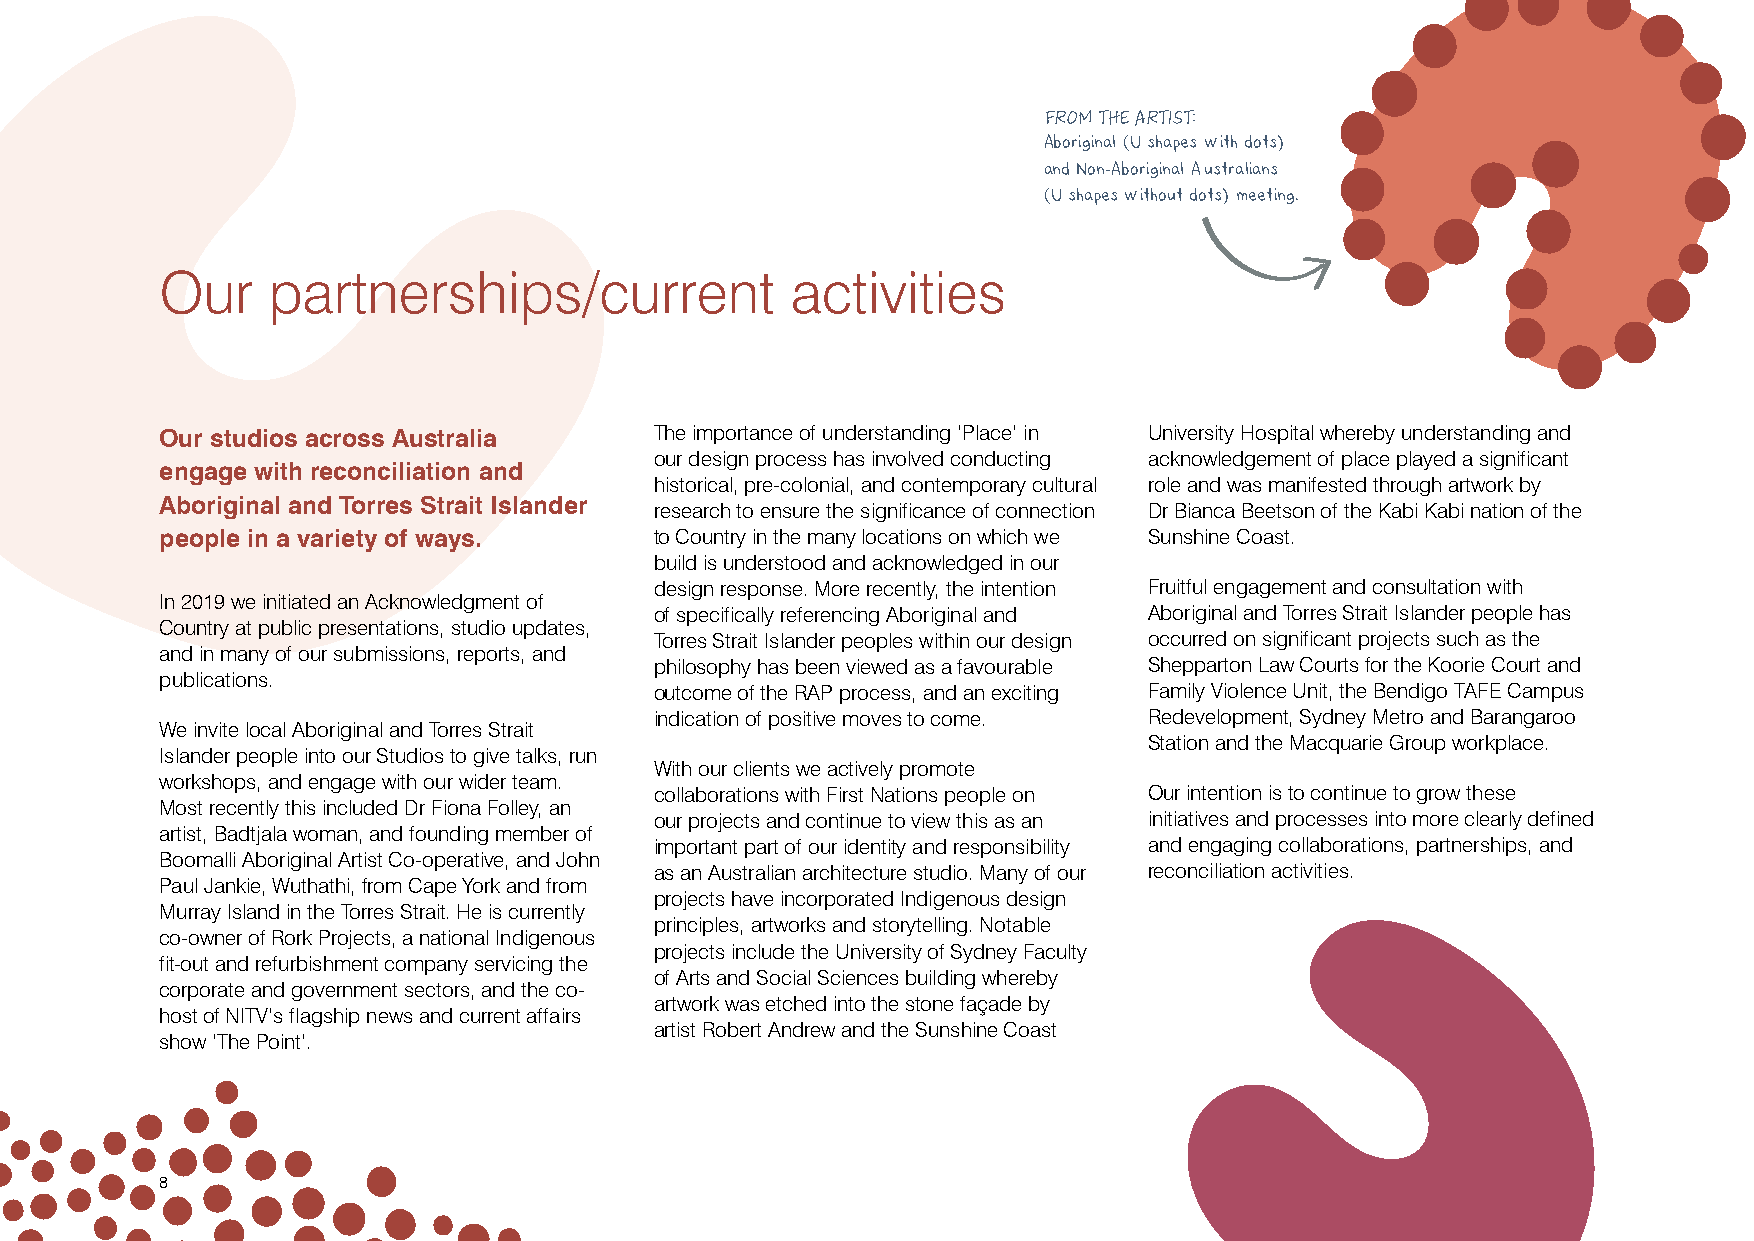
:
 FROM THE ARTIST
 Aboriginal (U shapes with dots)
 and Non-Aboriginal Australians
 (U shapes without dots) meeting.
 Our    partnerships/current              activities
 Our studios across Australia    The importance of understanding ‘Place’ in University Hospital whereby understanding and
 our design process has involved conducting acknowledgement of place played a significant
 engage with reconciliation and
 historical, pre-colonial, and contemporary cultural role and was manifested through artwork by
 Aboriginal and Torres Strait Islander
 research to ensure the significance of connection Dr Bianca Beetson of the Kabi Kabi nation of the
 people in a variety of ways.    to Country in the many locations on which we Sunshine Coast.
 build is understood and acknowledged in our
 design response. More recently, the intention Fruitful engagement and consultation with
 In 2019 we initiated an Acknowledgment of
 of specifically referencing Aboriginal and Aboriginal and Torres Strait Islander people has
 Country at public presentations, studio updates,
 Torres Strait Islander peoples within our design occurred on significant projects such as the
 and in many of our submissions, reports, and
 philosophy has been viewed as a favourable Shepparton Law Courts for the Koorie Court and
 publications.
 outcome of the RAP process, and an exciting Family Violence Unit, the Bendigo TAFE Campus
 indication of positive moves to come. Redevelopment, Sydney Metro and Barangaroo
 We invite local Aboriginal and Torres Strait
 Station and the Macquarie Group workplace.
 Islander people into our Studios to give talks, run
 With our clients we actively promote
 workshops, and engage with our wider team.
 collaborations with First Nations people on Our intention is to continue to grow these
 Most recently this included Dr Fiona Folley, an
 our projects and continue to view this as an initiatives and processes into more clearly defined
 artist, Badtjala woman, and founding member of
 important part of our identity and responsibility and engaging collaborations, partnerships, and
 Boomalli Aboriginal Artist Co-operative, and John
 as an Australian architecture studio. Many of our reconciliation activities.
 Paul Jankie, Wuthathi, from Cape York and from
 projects have incorporated Indigenous design
 Murray Island in the Torres Strait. He is currently
 principles, artworks and storytelling. Notable
 co-owner of Rork Projects, a national Indigenous
 projects include the University of Sydney Faculty
 fit-out and refurbishment company servicing the
 of Arts and Social Sciences building whereby
 corporate and government sectors, and the co-
 artwork was etched into the stone façade by
 host of NITV’s flagship news and current affairs
 artist Robert Andrew and the Sunshine Coast
 show ‘The Point’.
 8